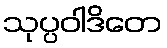
သုပ္ပဝါဒိတေ